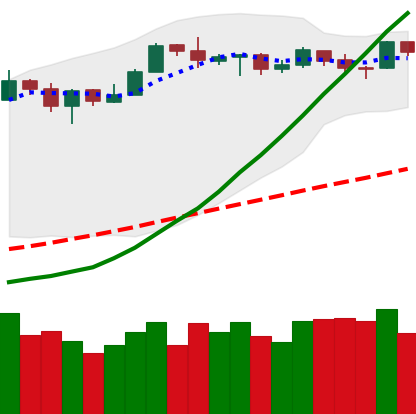
Ticker: LTC-USD
Chart end date: 2019-03-28
Forward return: 24.559%
Label: up_7plus